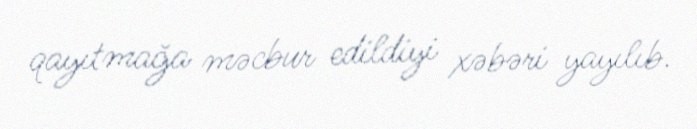
qayıtmağa məcbur edildiyi xəbəri yayılıb.